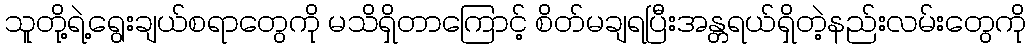
သူတို့ရဲ့ရွေးချယ်စရာတွေကို မသိရှိတာကြောင့် စိတ်မချရပြီးအန္တရယ်ရှိတဲ့နည်းလမ်းတွေကို